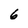
Character: 6